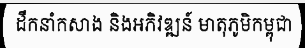
ដឹកនាំកសាង និងអភិវឌ្ឍន៍ មាតុភូមិកម្ពុជា